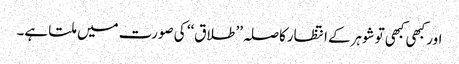
اور کبھی کبھی توشوہرکے انتظارکاصلہ’’ طلاق‘‘ کی صورت میں ملتا ہے۔